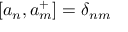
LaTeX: [ a _ { n } , a _ { m } ^ { + } ] = \delta _ { n m }